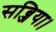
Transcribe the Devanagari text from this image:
सब्जिया।